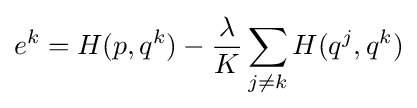
e^{k}=H(p,q^{k})-{\frac {\lambda }{K}}\sum _{j\neq k}H(q^{j},q^{k})